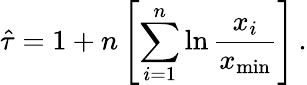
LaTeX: \hat{\tau}=1+n\left[\sum_{i=1}^{n}\ln\frac{x_{i}}{x_{\mathrm{min}}}\right]\, .